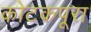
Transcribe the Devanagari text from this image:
कोटकपूरा